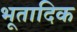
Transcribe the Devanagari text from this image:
भूतादिक